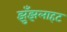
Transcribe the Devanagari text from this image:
झुँझलाहट